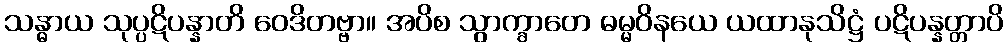
သန္ဓာယ သုပ္ပဋိပန္နာတိ ဝေဒိတဗ္ဗာ။ အပိစ သွာက္ခာတေ ဓမ္မဝိနယေ ယထာနုသိဋ္ဌံ ပဋိပန္နတ္တာပိ